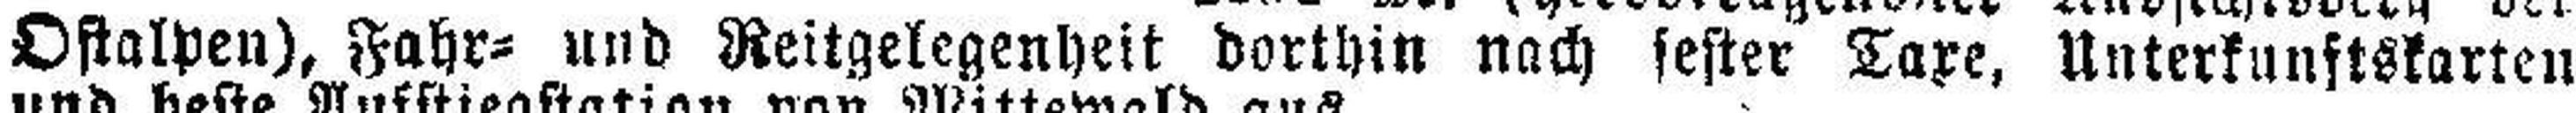
Oftalpen), Fahr= und Reitgelegenheit dorthin nach fester Taxe, Unterkunftskarten